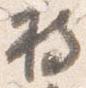
持